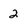
Character: 2